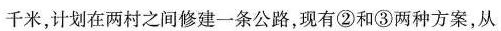
千米，计划在两村之间修建一条公路，现有②和③两种方案，从